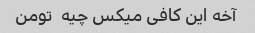
آخه این کافی میکس چیه  تومن